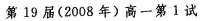
第19届(2008年)高一第1试